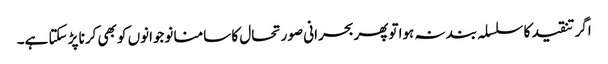
اگر تنقید کا سلسلہ بند نہ ہوا توپھربحرانی صورتحال کا سامنا نوجوانوں کو بھی کرنا پڑ سکتا ہے۔